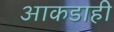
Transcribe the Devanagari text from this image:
आकडाही